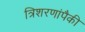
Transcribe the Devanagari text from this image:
त्रिशरणांपैकी